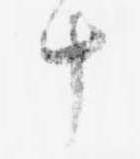
十